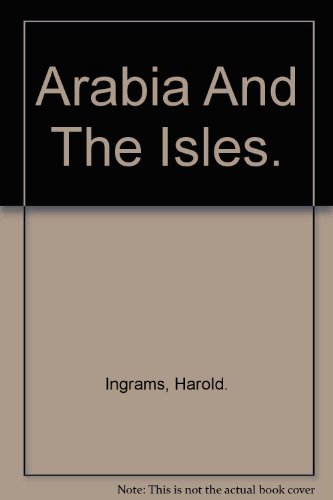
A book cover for Arabia and the isles,; William Harold Ingrams; Travel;